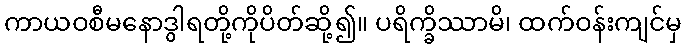
ကာယဝစီမနောဒွါရတို့ကိုပိတ်ဆို့၍။ ပရိက္ခိဿာမိ၊ ထက်ဝန်းကျင်မှ